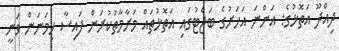
ދިއްދޫ އަތޮޅުގެ: އަންނަ އަހަރުގެ ބަޖެޓުގައި އަތޮޅުތައް މަރާމާތުކުރަން ފައިސާ ހިމަނަން ވަނީ